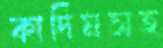
কাদিমসহ